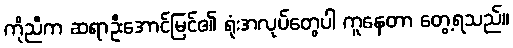
ကိုညီက ဆရာဦးအောင်မြင်၏ ရုံးအလုပ်တွေပါ ကူနေတာ တွေ့ရသည်။